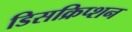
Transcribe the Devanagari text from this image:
डिसक्रिप्शन